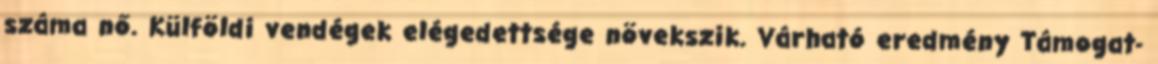
száma nő. Külföldi vendégek elégedettsége növekszik. Várható eredmény Támogat-